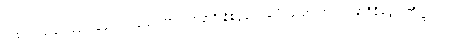
တစ်ပါးလည်းဖြစ်ကုန်သော။ သောတာယတနာဒိ နိဒ္ဒေသေသုပိ၊ သောတာယတနာဒိနိဒ္ဒေသတို့၌လည်း။